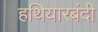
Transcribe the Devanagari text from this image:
हथियारबंदी